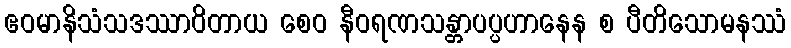
ဧဝမာနိသံသဒဿာဝိတာယ စေဝ နီဝရဏသန္တာပပ္ပဟာနေန စ ပီတိသောမနဿံ